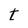
Character: t